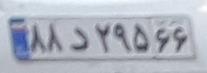
۸۸د۲۹۵۶۶